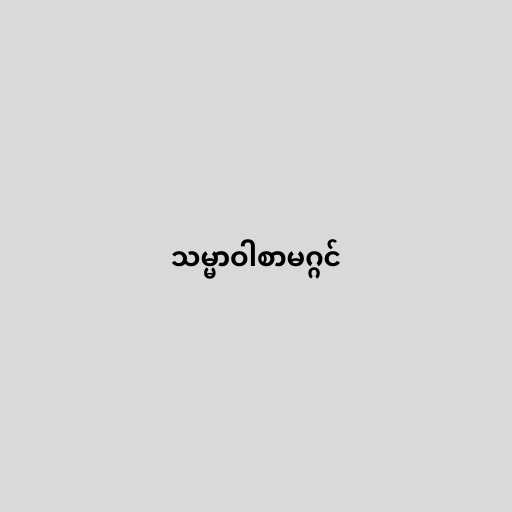
သမ္မာဝါစာမဂ္ဂင်